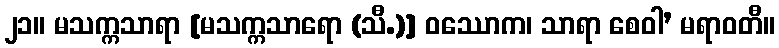
၂၁။ မသက္ကသာရာ [မသက္ကသာရော (သီ.)] ဝဿောက၊ သာရာ စေဝါ’ မရာဝတီ။